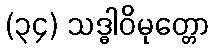
(၃၄) သဒ္ဓါဝိမုတ္တော